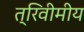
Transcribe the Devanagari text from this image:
त्रिवीमीय